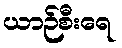
ယာဉ်စီးရေ